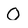
Character: O